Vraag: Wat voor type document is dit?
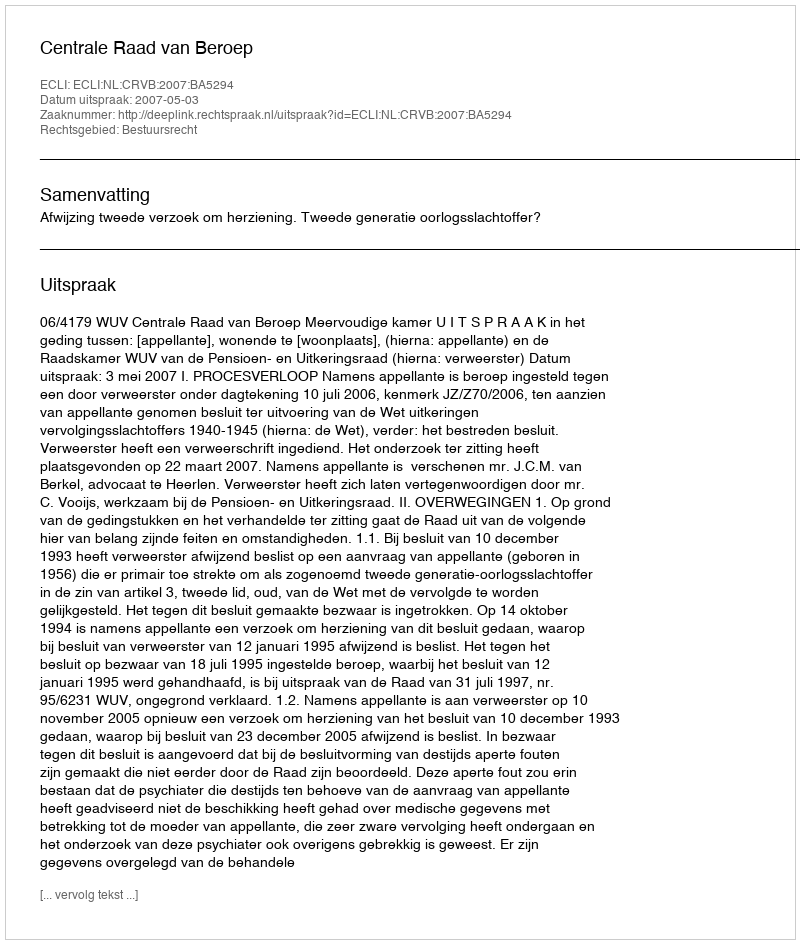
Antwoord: Uitspraak